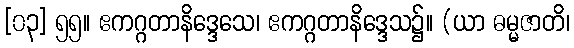
[၀၃] ၅၅။ ဧကဂ္ဂတာနိဒ္ဒေသေ၊ ဧကဂ္ဂတာနိဒ္ဒေသ၌။ (ယာ ဓမ္မဇာတိ၊